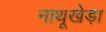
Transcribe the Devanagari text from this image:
नाथूखेड़ा